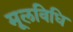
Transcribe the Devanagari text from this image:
मूलविधि